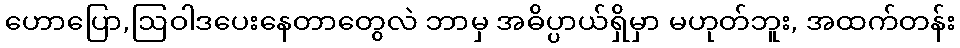
ဟောပြော,ဩဝါဒပေးနေတာတွေလဲ ဘာမှ အဓိပ္ပာယ်ရှိမှာ မဟုတ်ဘူး, အထက်တန်း